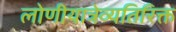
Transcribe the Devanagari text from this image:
लोणीयात्रेव्यतिरिक्त